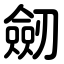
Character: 劒